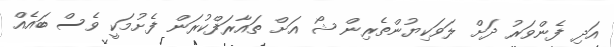
އަދި ފެންވަރު ދަށް ލަވަކިޔުންތެރިން ޝޯ އަށް ތައާރަފްކުރަން ފެށުމަކީ ވެސް ބައެއް